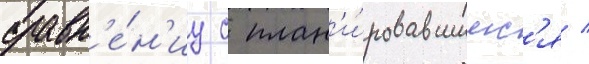
сравн'е́н'иу с план'и́ровавшимс'я /